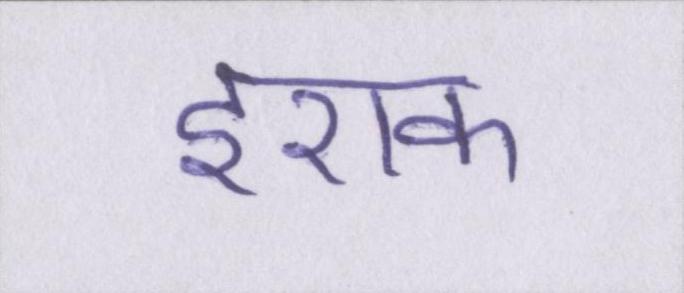
इराक